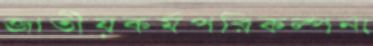
জাতীয়কর্মপরিকল্পনা